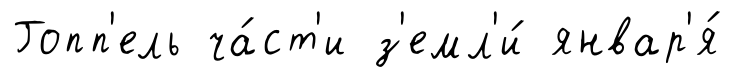
Гопп'ель ча́ст'и з'емл'и́ январ'я́